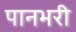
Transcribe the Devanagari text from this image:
पानभरी